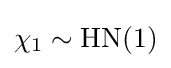
\chi _{1}\sim \mathrm {HN} (1)